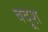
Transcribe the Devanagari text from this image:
बदूश